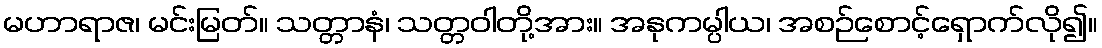
မဟာရာဇ၊ မင်းမြတ်။ သတ္တာနံ၊ သတ္တဝါတို့အား။ အနုကမ္ပါယ၊ အစဉ်စောင့်ရှောက်လို၍။